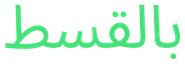
بالقسط